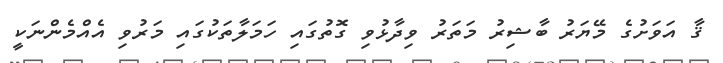
ޤާ އަވަށުގެ މޭޔަރު ބާޝިރު މަތަރު ވިދާޅުވި ގޮތުގައި ހަމަލާތަކުގައި މަރުވި އެއްމެންނަކީ